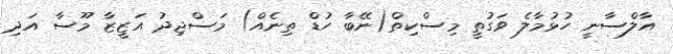
އާލްސާނީ ހުޅުމާލެ ވަގުތީ މިސްކިތް(ނޭބާ ހުޑް ތިނެއް) މަސްޖިދު އަޒީޒާ މޫސާ އަދި